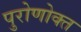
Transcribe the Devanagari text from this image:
पुरोणोक्त